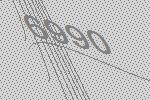
6990